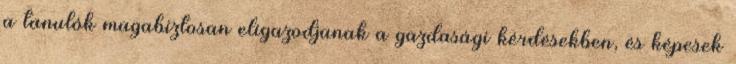
a tanulók magabiztosan eligazodjanak a gazdasági kérdésekben, és képesek